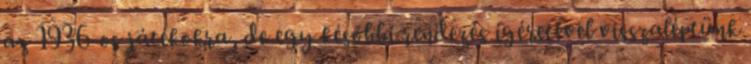
az 1936-os játékokra, de egy későbbi rendezés ígéretével visszaléptünk